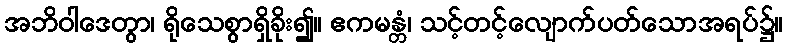
အဘိဝါဒေတွာ၊ ရိုသေစွာရှိခိုး၍။ ဧကမန္တံ၊ သင့်တင့်လျောက်ပတ်သောအရပ်၌။